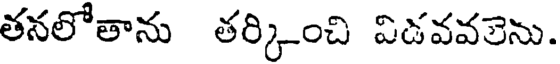
తనలోతాను తర్కించి విడవవలెను.